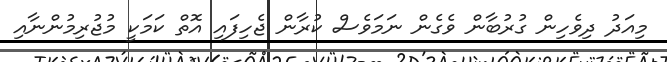
މިއަދު ދިވެހިން ގުރުބާން ވެގެން ނަމަވެސް ކުރާން ޖެހިފައި އޮތް ކަމަކީ މުޖުރިމުންނާއި